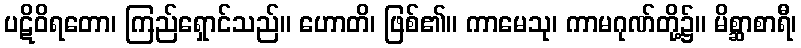
ပဋိဝိရတော၊ ကြည်ရှောင်သည်။ ဟောတိ၊ ဖြစ်၏။ ကာမေသု၊ ကာမဂုဏ်တို့၌။ မိစ္ဆာစာရီ၊